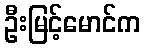
ဦးမြင့်မောင်က